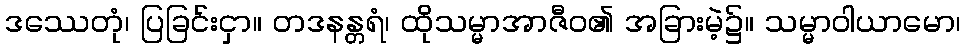
ဒဿေတုံ၊ ပြခြင်းငှာ။ တဒနန္တရံ၊ ထိုသမ္မာအာဇီဝ၏ အခြားမဲ့၌။ သမ္မာဝါယာမော၊